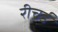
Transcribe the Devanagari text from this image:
रीचर्ड